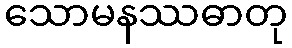
သောမနဿဓာတု